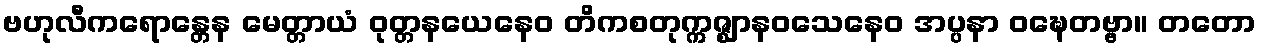
ဗဟုလီကရောန္တေန မေတ္တာယံ ဝုတ္တနယေနေဝ တိကစတုက္ကဇ္ဈာနဝသေနေဝ အပ္ပနာ ဝဍ္ဎေတဗ္ဗာ။ တတော